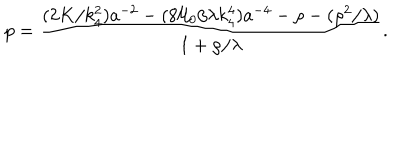
LaTeX: p = \frac { ( 2 K / k _ { 4 } ^ { 2 } ) a ^ { - 2 } - ( 8 { \cal U } _ { 0 } / \lambda k _ { 4 } ^ { 4 } ) a ^ { - 4 } - \rho - ( \rho ^ { 2 } / \lambda ) } { 1 + \rho / \lambda } .